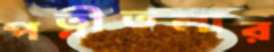
পত্নীতলার